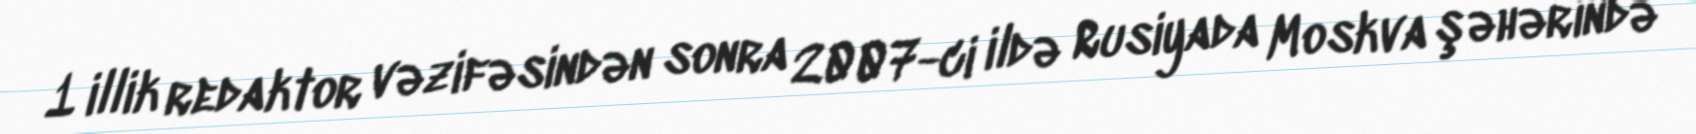
1 illik redaktor vəzifəsindən sonra 2007-ci ildə Rusiyada Moskva şəhərində